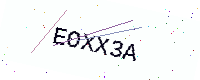
Text: EOXX3A